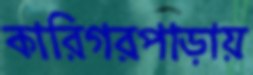
কারিগরপাড়ায়